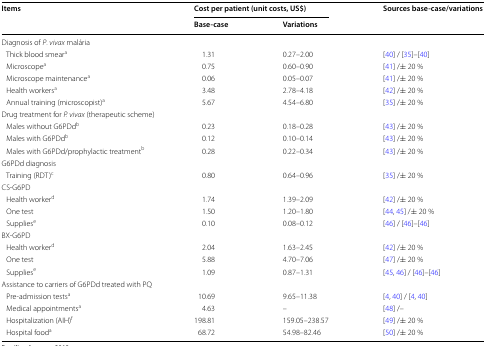
| <ROWSPAN=2> Items | <COLSPAN=2> Cost per patient (unit costs, US$) | <ROWSPAN=2> Sources base-case/variations |
 | Base-case | Variations |
 | --- | --- | --- | --- |
 | <COLSPAN=4> Diagnosis of P. vivax malária |
 | Thick blood smeara | 1.31 | 0.27–2.00 | [40] / [35]–[40] |
 | Microscopea | 0.75 | 0.60–0.90 | [41] /± 20 % |
 | Microscope maintenancea | 0.06 | 0.05–0.07 | [41] /± 20 % |
 | Health workersa | 3.48 | 2.78–4.18 | [42] /± 20 % |
 | Annual training (microscopist)a | 5.67 | 4.54–6.80 | [35] /± 20 % |
 | <COLSPAN=4> Drug treatment for P. vivax (therapeutic scheme) |
 | Males without G6PDdb | 0.23 | 0.18–0.28 | [43] /± 20 % |
 | Males with G6PDdb | 0.12 | 0.10–0.14 | [43] /± 20 % |
 | Males with G6PDd/prophylactic treatmentb | 0.28 | 0.22–0.34 | [43] /± 20 % |
 | <COLSPAN=4> G6PDd diagnosis |
 | Training (RDT)c | 0.80 | 0.64–0.96 | [35] /± 20 % |
 | <COLSPAN=4> CS-G6PD |
 | Health workerd | 1.74 | 1.39–2.09 | [42] /± 20 % |
 | One test | 1.50 | 1.20–1.80 | [44, 45] /± 20 % |
 | Suppliese | 0.10 | 0.08–0.12 | [46] / [46]–[46] |
 | <COLSPAN=4> BX-G6PD |
 | Health workerd | 2.04 | 1.63–2.45 | [42] /± 20 % |
 | One test | 5.88 | 4.70–7.06 | [47] /± 20 % |
 | Suppliese | 1.09 | 0.87–1.31 | [45, 46] / [46]–[46] |
 | <COLSPAN=4> Assistance to carriers of G6PDd treated with PQ |
 | Pre-admission testsa | 10.69 | 9.65–11.38 | [4, 40] / [4, 40] |
 | Medical appointmentsa | 4.63 | – | [48] /– |
 | Hospitalization (AIH)f | 198.81 | 159.05–238.57 | [49] /± 20 % |
 | Hospital fooda | 68.72 | 54.98–82.46 | [50] /± 20 % |